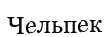
Чельпек